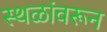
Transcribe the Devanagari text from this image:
स्थळांवरून